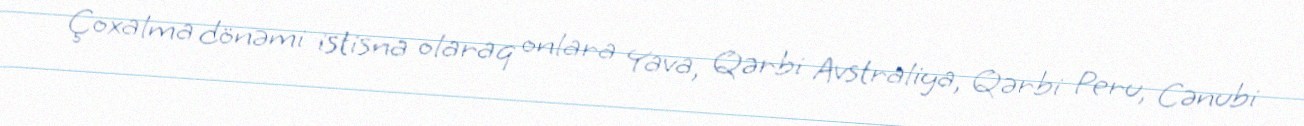
Çoxalma dönəmi istisna olaraq onlara Yava, Qərbi Avstraliya, Qərbi Peru, Cənubi